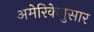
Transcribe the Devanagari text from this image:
अमेरिकेनुसार